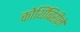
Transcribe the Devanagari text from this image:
कोथिंबिरीने